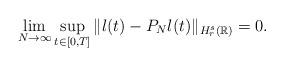
LaTeX: \begin{align*}\lim_{N\to \infty} \sup_{t\in[0,T]} \|l(t)-P_N l(t)\|_{H^{s}_{r}(\mathbb R)} =0. \end{align*}